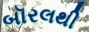
બૉરલથી